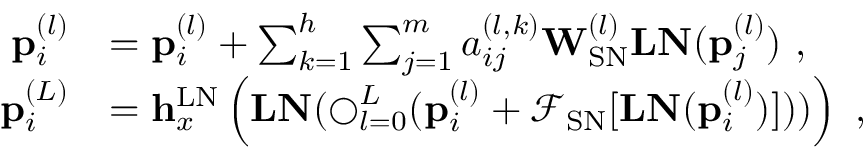
\begin{array} { r l } { \mathbf { p } _ { i } ^ { ( l ) } } & { = \mathbf { p } _ { i } ^ { ( l ) } + \sum _ { k = 1 } ^ { h } \sum _ { j = 1 } ^ { m } a _ { i j } ^ { ( l , k ) } \mathbf { W } _ { \mathrm { S N } } ^ { ( l ) } \mathbf { L N } ( \mathbf { p } _ { j } ^ { ( l ) } ) ~ , } \\ { \mathbf { p } _ { i } ^ { ( L ) } } & { = \mathbf { h } _ { x } ^ { \mathrm { L N } } \left( \mathbf { L N } ( \mathbf { \bigcirc } _ { l = 0 } ^ { L } ( \mathbf { p } _ { i } ^ { ( l ) } + \mathcal { F } _ { \mathrm { S N } } [ \mathbf { L N } ( \mathbf { p } _ { i } ^ { ( l ) } ) ] ) ) \right) ~ , } \end{array}